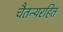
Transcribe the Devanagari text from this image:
चैतन्यरहित